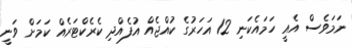
ނަމަވެސް އެއީ ހަމައެކަނި 12 އަހަރުގެ ކުއްޖެއް އުފެއްދި ކެރެކްޓަރެއް ކަމަށް ވަނީ